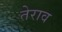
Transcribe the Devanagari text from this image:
तेराव